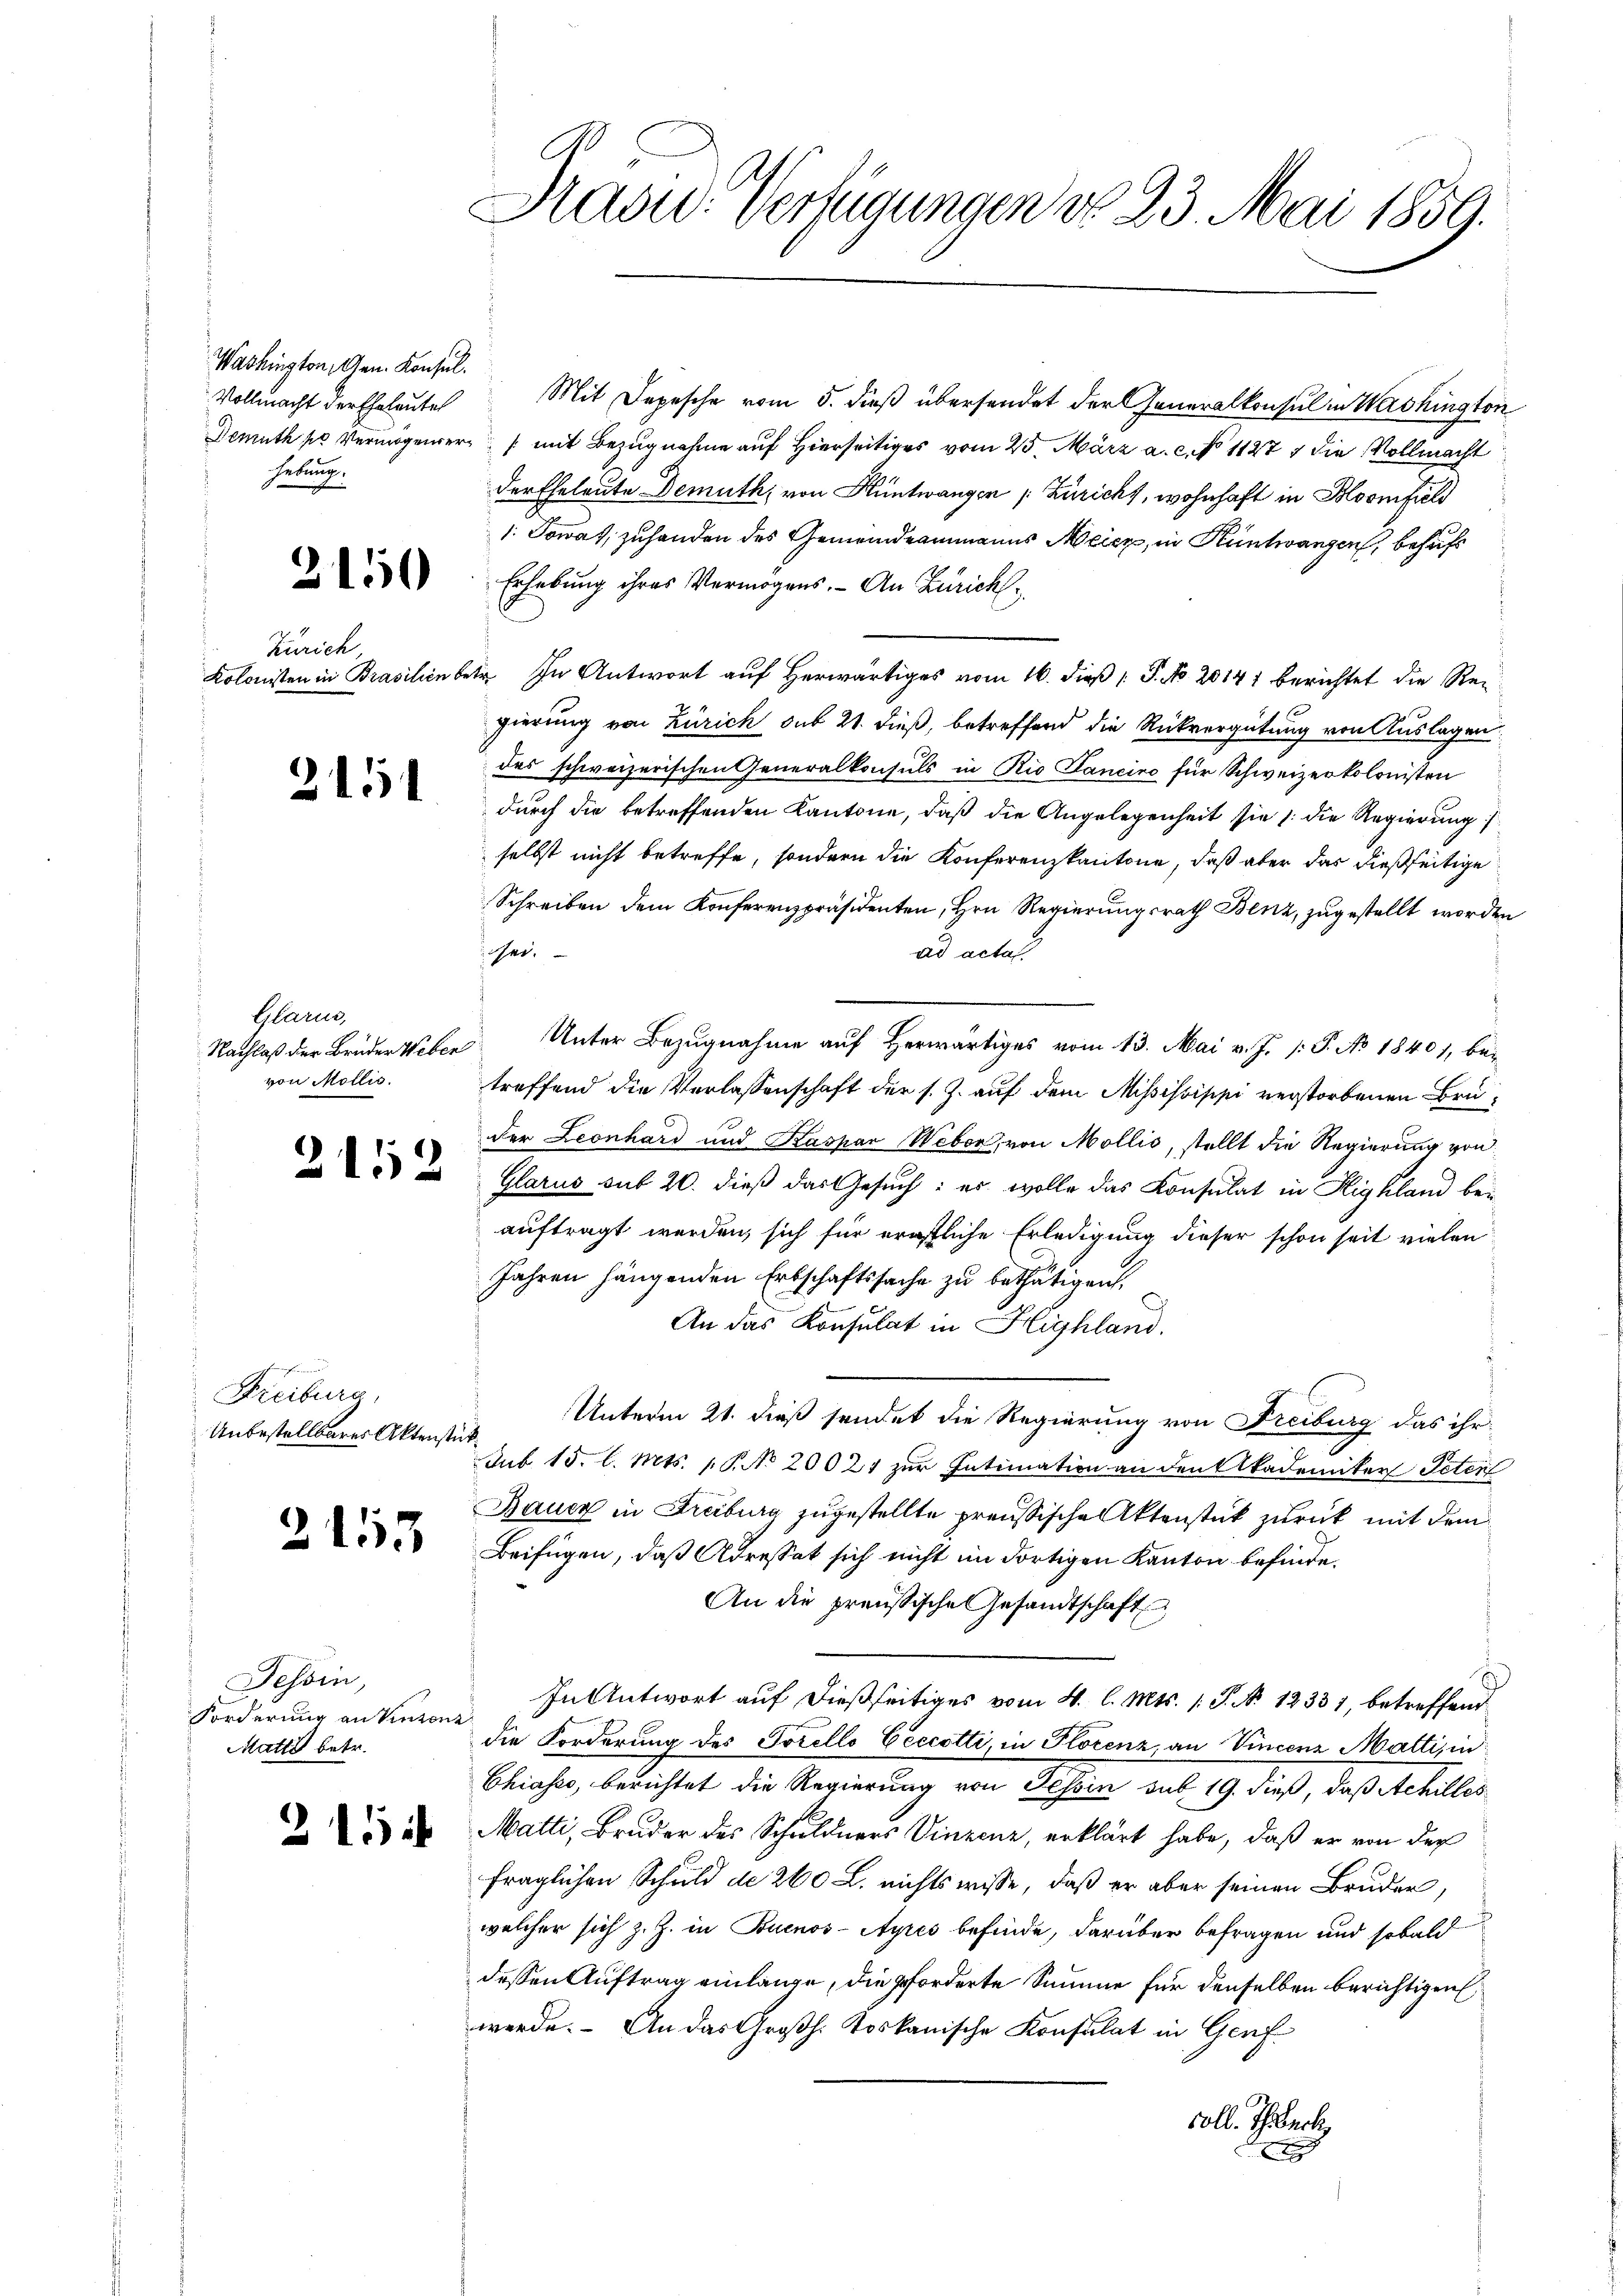
Washington, Gen. Konsul
Vollmacht der Eheleutel
hebung

2

150

Zürich

2151

Glarus,
von Mollis.

2152

Freiburg,
Unbestellbares Aktenste

2153

Tessin,
Forderung an Vinton.
Matti betr.

2

Hasid. Verfügungen d. 23. Mai 1859.

Mit Depesche vom 5. dieß übersendet der Generalkonsul in Washington
Demuth so vermögenser /: mit Bezugnahme auf Hierseitiges vom 25. März a. c. No 11277 die Vollmacht
der Eheleute Demuth, von Hüntwangen (Züricht, wohnhaft in Bloomfeld
1. Sowas, zuhanden des Gemeindeammanns Meier, in Hüntwangen, behufs
Erhebung ihres Vermögens. An Zürich
Kolonisten in Brasilien betr. In Antwort auf Herwärtiges vom 16. dieß [ P. No 20141 berichtet die Regierung von Zürich sub 21. dieß, betreffend die Rückvergütung von Auslagen
des schweizerischen Generalkonsuls in Rio Sancino für Schweizerkolonisten
durch die betreffenden Kantone, daß die Angelegenheit sie 1. die Regierung
selbst nicht betreffe, sondern die Konferenzkantone, daß aber das dießseitige
Schreiben dem Konferenzpräsidenten, Hrn. Regierungsrath Benz, zugestellt worden
sei.
ad acta
Nachlaß der Brüder Weber Unter Bezugnahme auf Herwärtiges vom 13. Mai v. J. /: P. No 1840, be-
treffend die Verlassenschaft der s. Z. auf dem Mississippi verstorbenen Bruder Leonhard und Kaspar Weber, von Mollis, stellt die Regierung von
Glarus sub 20. dieß das Gesuch: es wolle das Konsulat in Highland be-
auftragt werden, sich für ernstliche Erledigung dieser schon seit vielen
Jahren hängenden Erbschaftssache zu bethätigen,
An das Konsulat in Highland.
Unterm 21. dieß sendet die Regierung von Freiburg das ihr
.
Sub 15. l. Mts. 1. P. No. 20021 zur Intimation an den Akademiker Peten
Bauer in Freiburg zugestellte preußische Aktenstück zurück mit dem
Beifügen, daß Adresset sich nicht im dortigen Kanton befinde.
An die preußische Gesandtschaft
In Antwort auf dießseitiges vom 4. l. Mts. /: P. No. 12331, betreffend
die Forderung des Torello Čeccotti, in Florenz, an Vincenz Marti, in
Chiasso, berichtet die Regierung von Tessin sub 19. dieß, daß Achilles
Matti, Bruder des Schuldners Vinzenz, erklärt habe, daß er von der
fraglichen Schuld de 260 l. nichtswisse, daß er aber seinen Bruder,
welcher sich z. Z. in Buenos-Ayres befinde, darüber befragen und sobald
dessen Auftrag einlange, die geforderte Summe für denselben berichtigen,
werde. An das Großh. toskanische Konsulat in Genfcoll. Thibach,
x